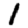
Digit: 1